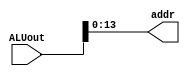
module ALUtoDM_addr(ALUout,addr);
  input [31:0] ALUout;
  output [13:0] addr;
  
  assign addr={ALUout[13:0]};
  
endmodule